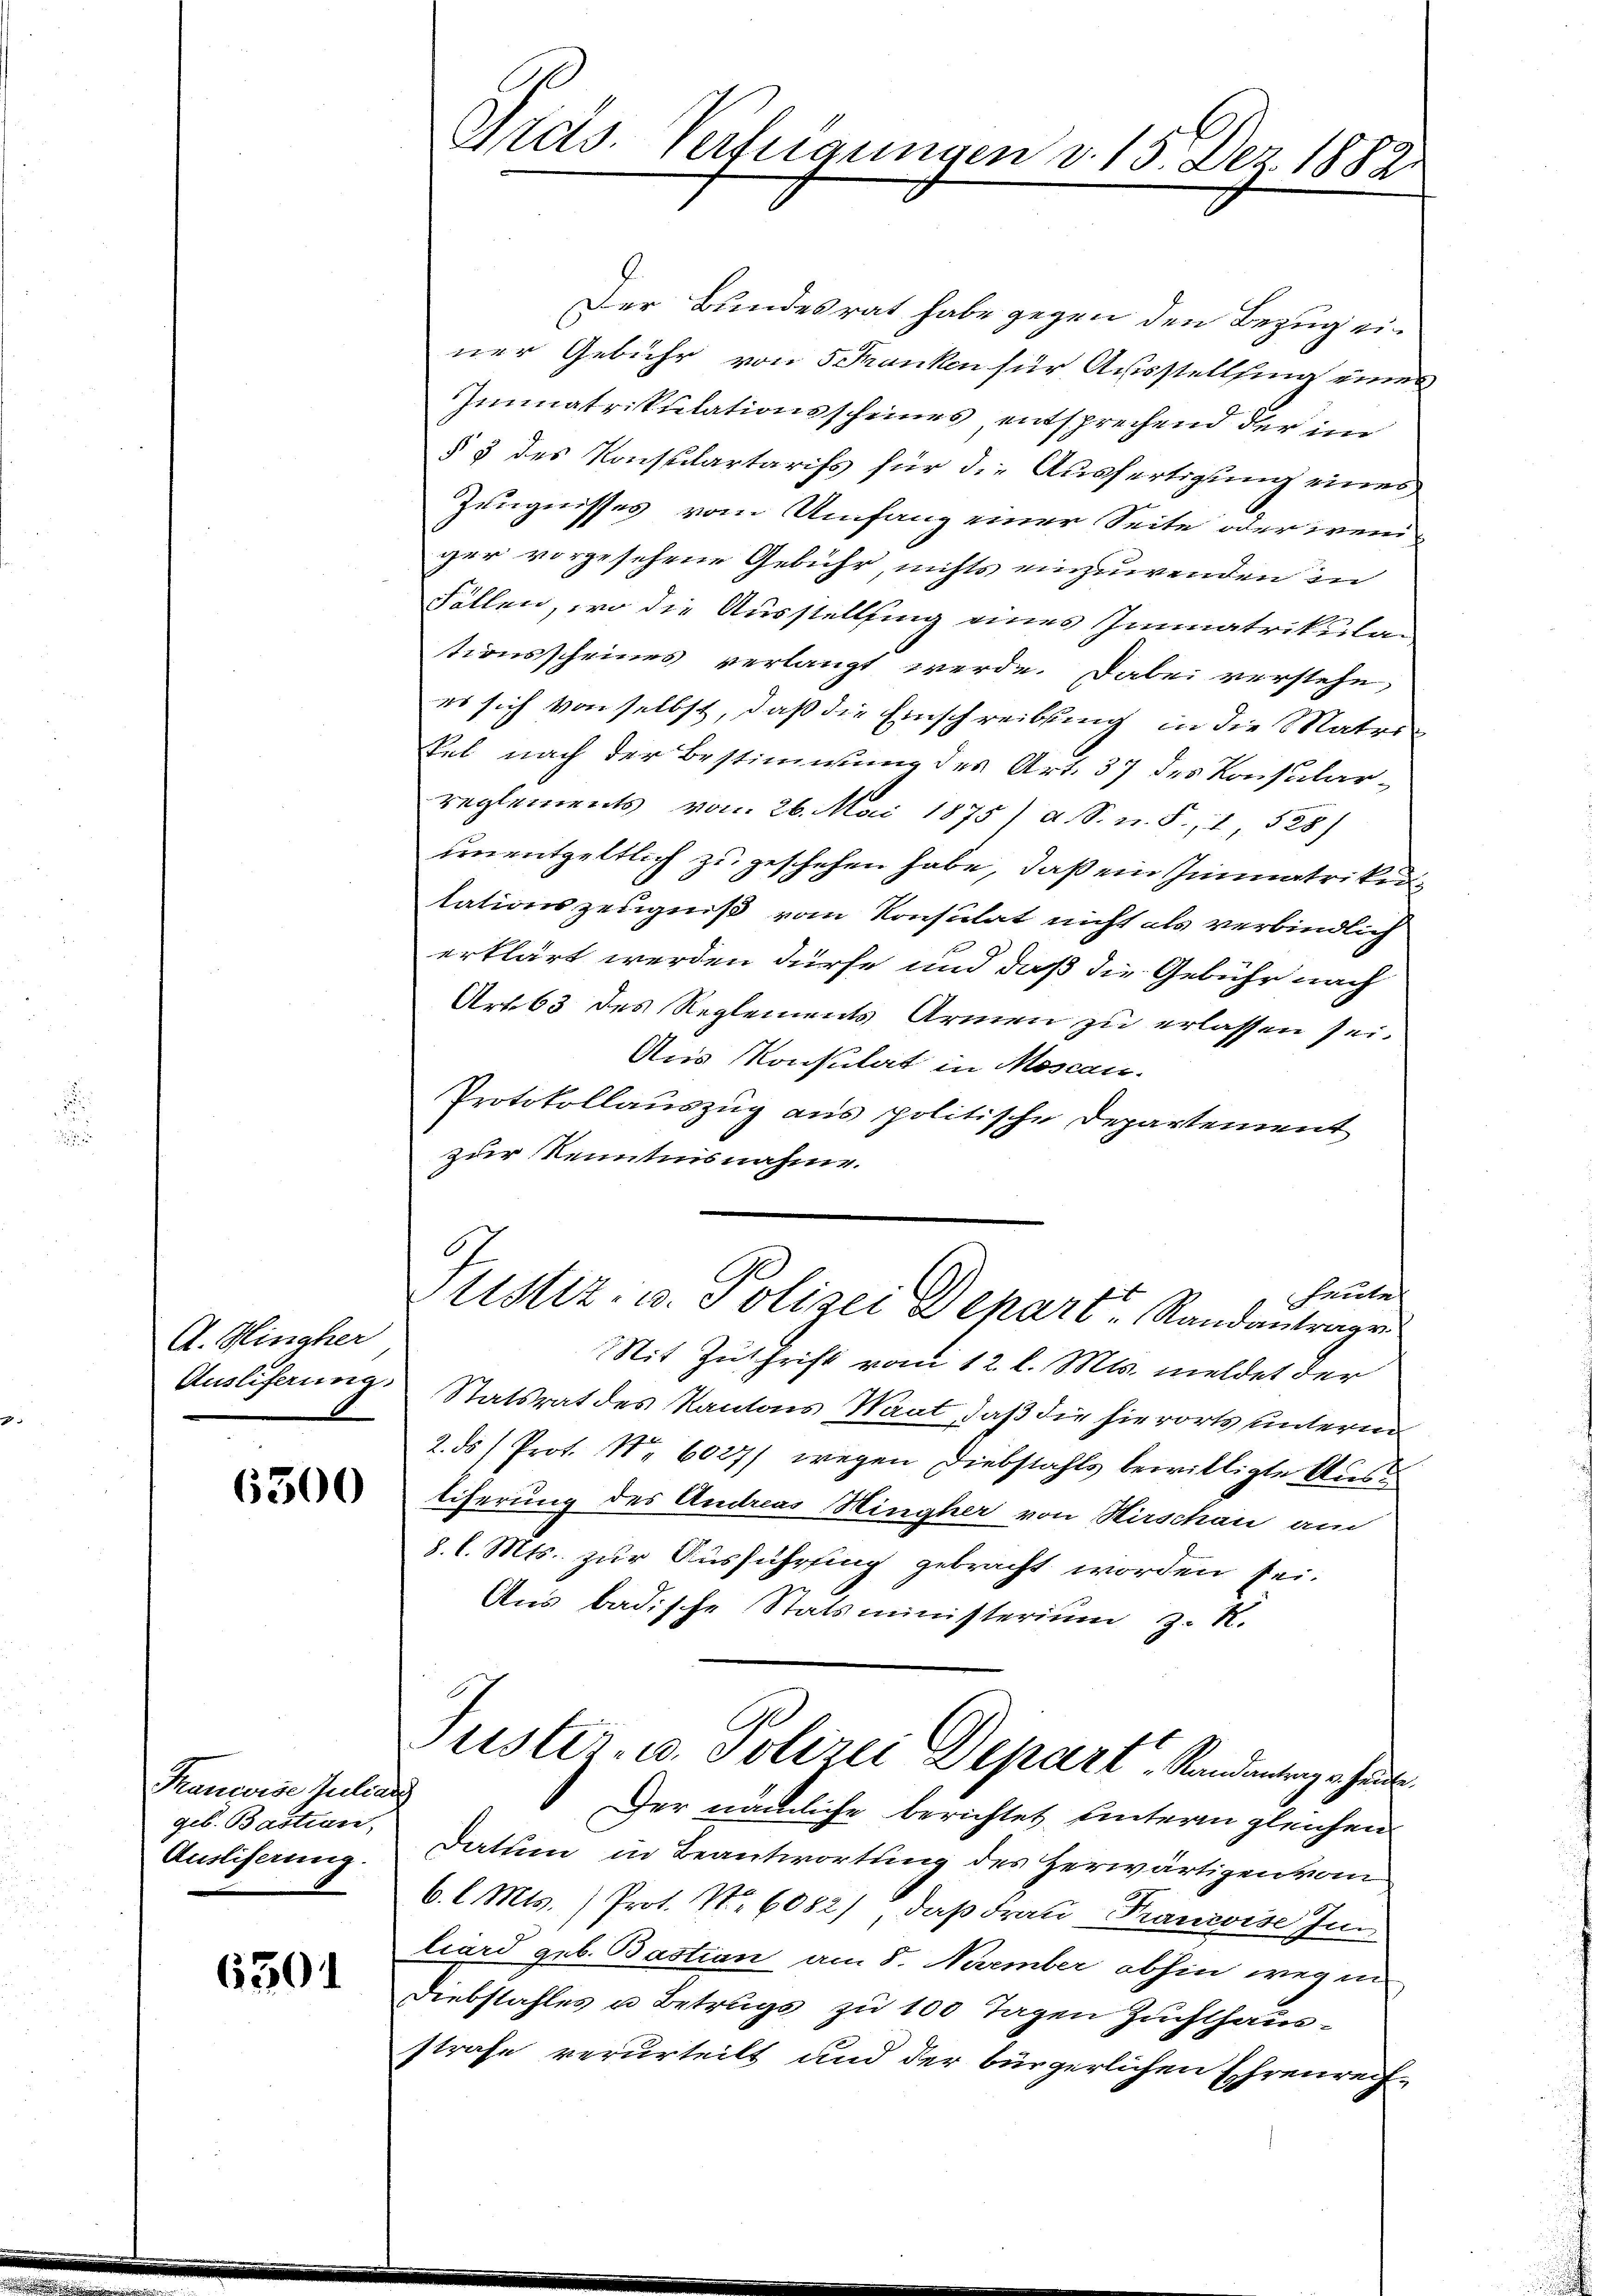
A. Hingher

6500

Kancise Julians
geb. Bastian,
Ausliferung.

6301

Arets. Verfeigungen v. 13. Dez. 1882.

Der Bundesrat habe gegen den Bezug einer Gebühr von 5 Franken für Ausstellung eines
Immatrikulationsscheines entsprechend der im
§ 3 des Konsulartarifs für die Ausfertigung eines
Zeugnisses vom Umfang einer Seite oder weniger vorgesehene Gebühr, nichts einzuwenden in
Fällen, wo die Ausstellung eines Immatrikulan
tionsscheines verlangt werde. Dabei verstehe,
es sich von selbst, daß die Einschreibung in die Matri¬
Sel nach der Bestimmung des Art. 37 des Konsularreglements vom 26. Mai 1875) a. S. n. F. 1 528)
unentgeltlich zu geschehen habe, daß ein Immatrikenlationszeugniß vom Konsulat nicht als verbindlich
erklärt werden dürfe und daß die Gebühr nach
Art. 63 des Reglements Armen zu erlassen sei.
Aus Konsulat in Moscan.
Protokollauszug aus politische Departement
zur Kenntnisnahme.
heute
ustiz- u. Polizei Depart Randantrage
Mit Zuschrift vom 12. l. Mts. meldet der
Ausliferung Statsrat des Kantons Maat, daß die hierorts unterm
2. ds Prot. Nr. 6027) wegen Diebstahls bewilligte Austiferung des Andreas Hingher von Hirschau am
8. l. Mts. zur Ausführung gebracht worden sei.
Aus badische Statsministerium z. R.
Justiz- u. Polizei Depart, Randantrags heut
Der nämliche berichtet unterm gleichen
Datum in Beantwortung des Herwärtigen vom
6. l. Mts. (Prot. Nr. 6082), daß Frau Francoise Inn
liard geb. Bastian am 8. Naember abhin wegen
Diebstahles u Betrugs zu 100 Tagen Zuchthausstrafe verurteilt und der bürgerlichen Ehrenrech¬